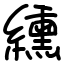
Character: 纁